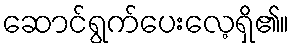
ဆောင်ရွက်ပေးလေ့ရှိ၏။